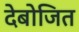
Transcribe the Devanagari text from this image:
देबोजित